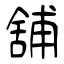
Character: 舖